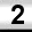
Digit: 2